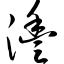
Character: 沣